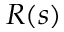
R ( s )